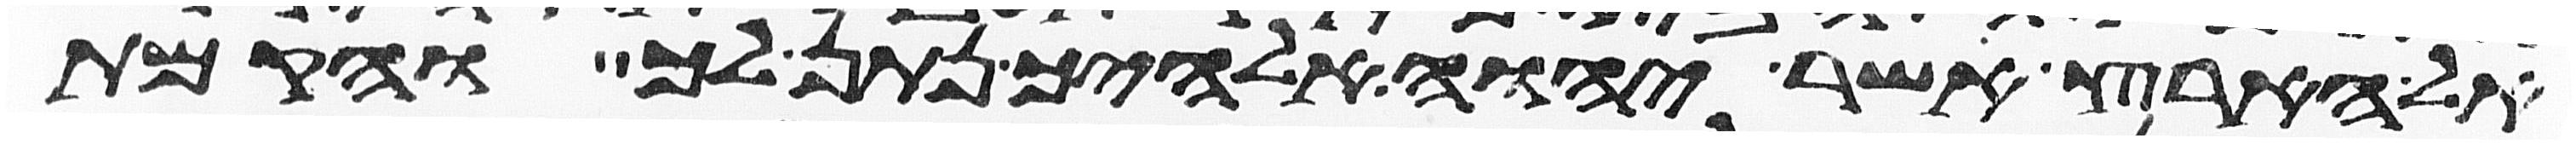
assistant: אל הארץ אשר יהוה אלהיך נתן לך והקמת